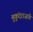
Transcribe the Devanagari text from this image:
मुकुंदराजांचे